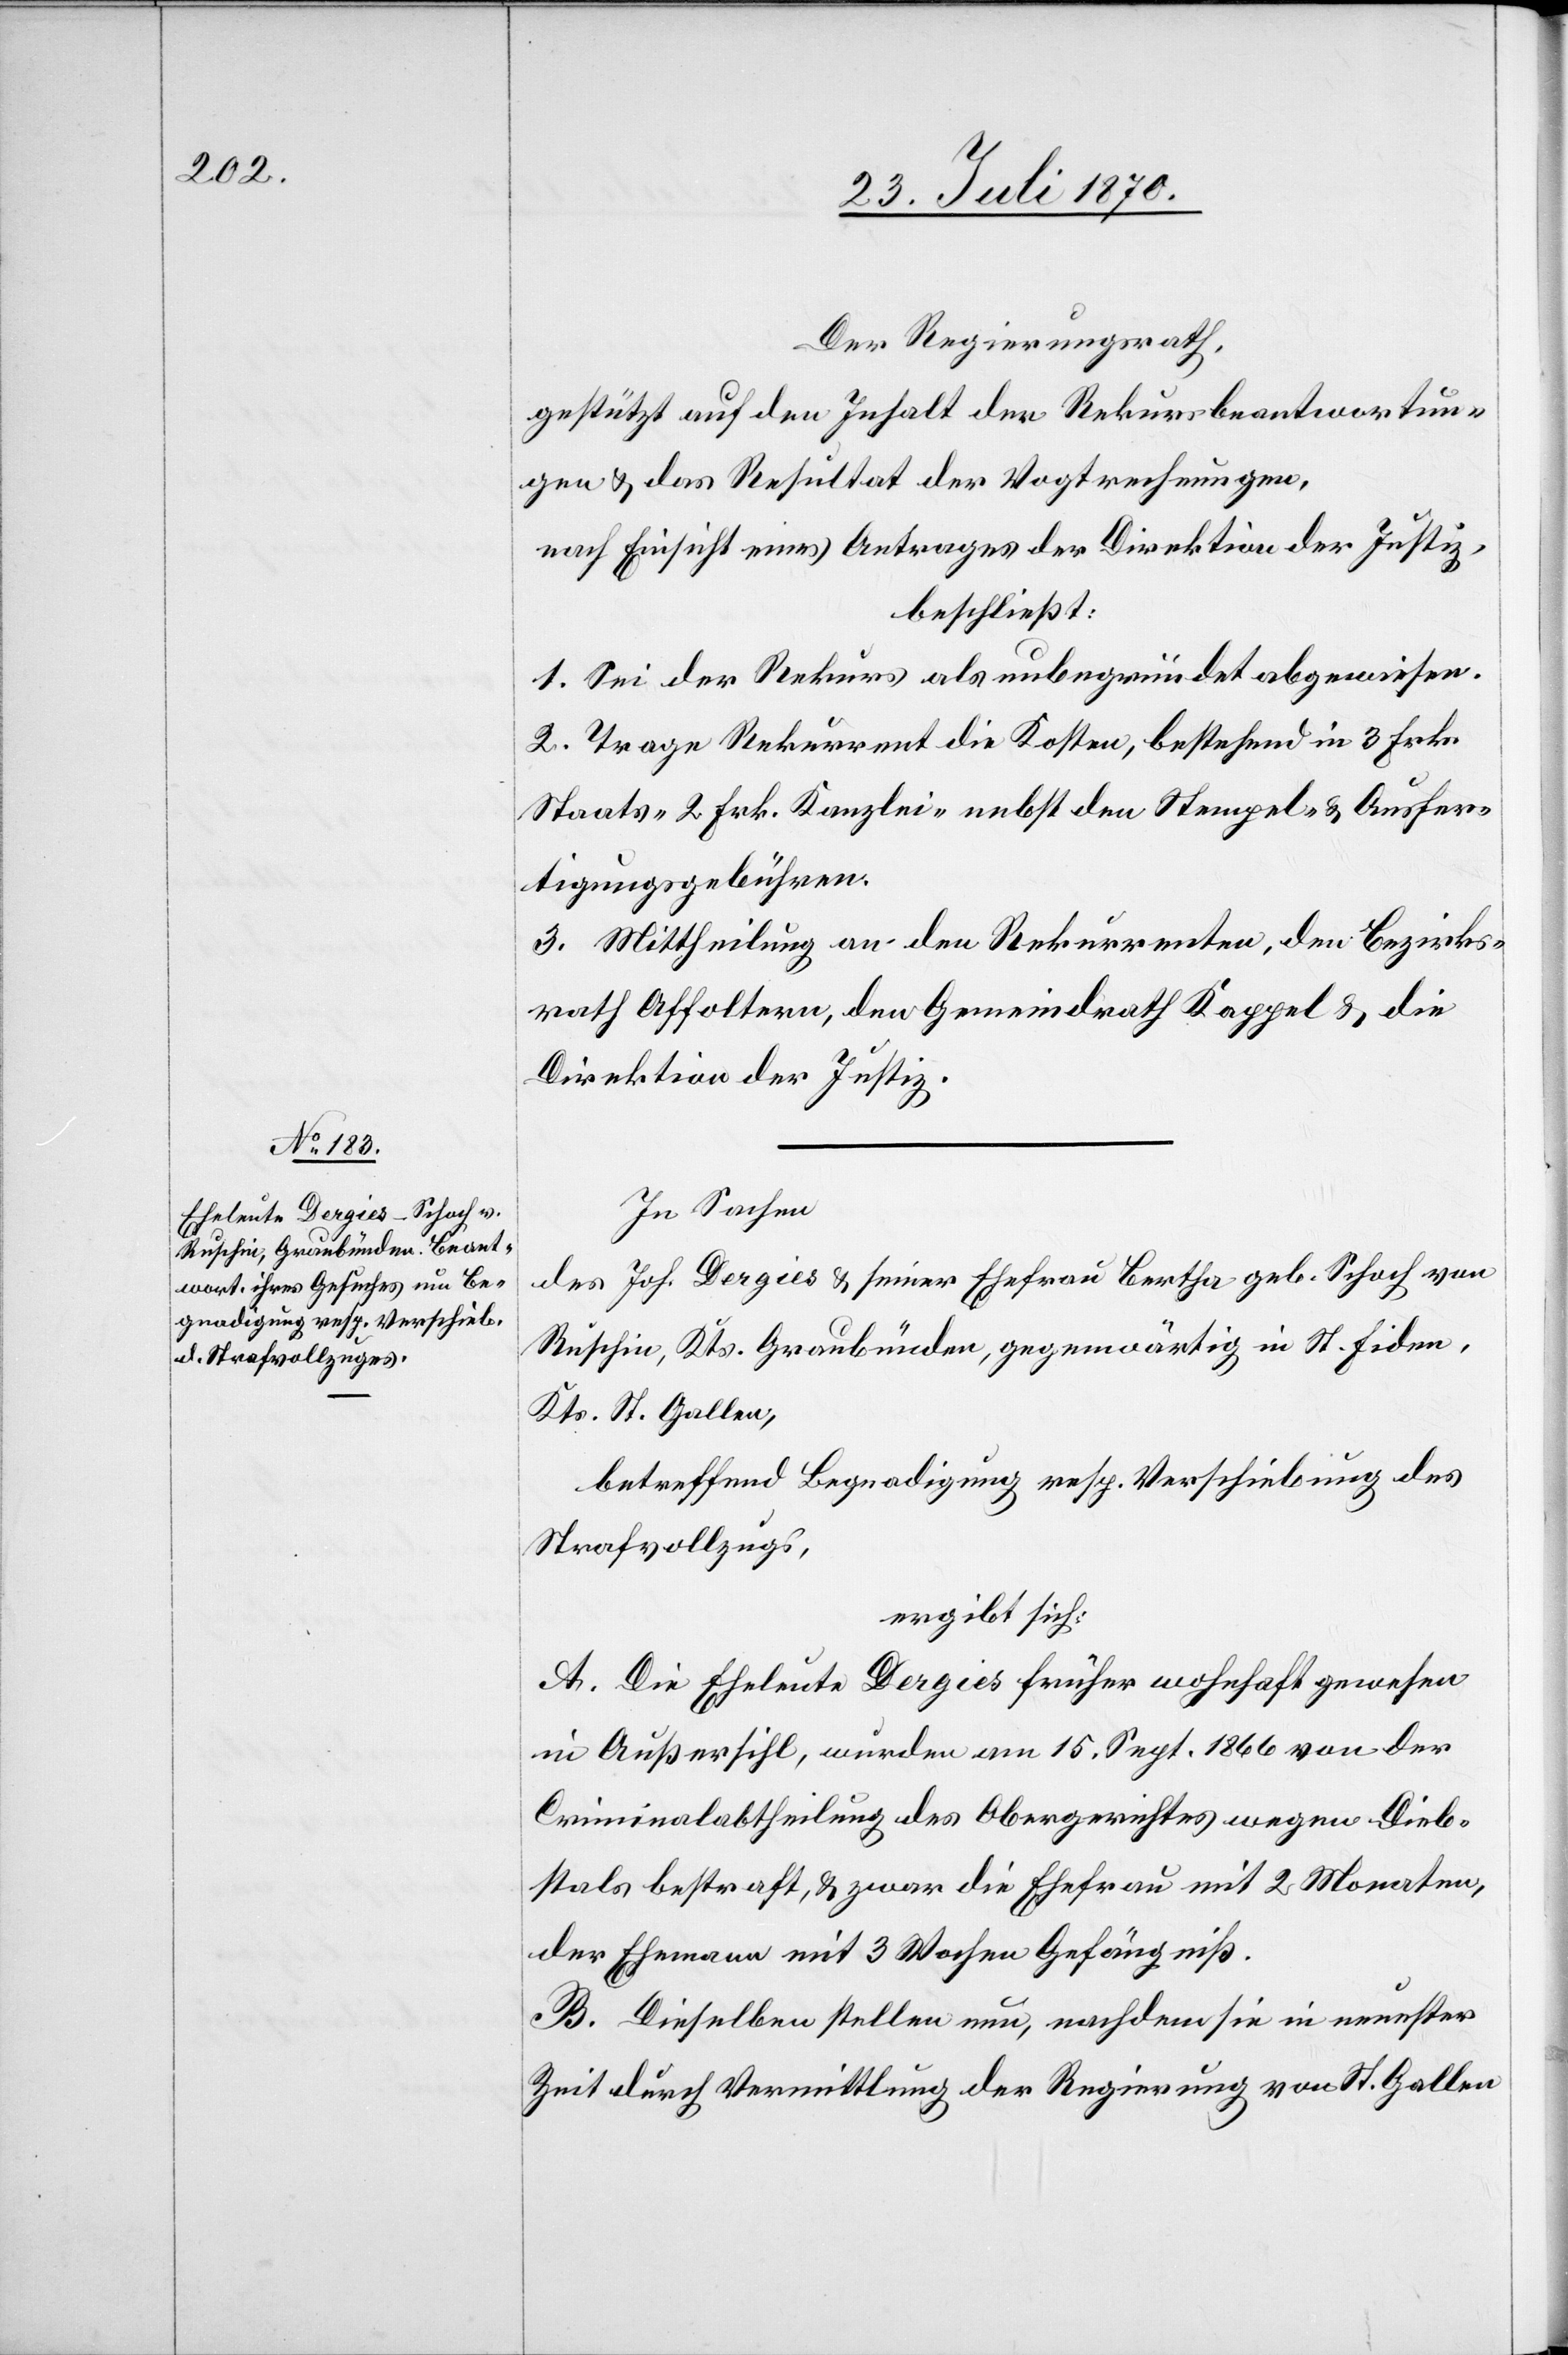
Der Regierungsrath,
gestützt auf den Inhalt der Rekursbeantwortun¬
gen & das Resultat der Vogtrechnungen,
nach Einsicht eines Antrages der Direktion der Justiz,
beschließt:
1. Sei der Rekurs als unbegründet abgewiesen.
2. Trage Rekurrent die Kosten, bestehend in 3 Frk.
Staats- 2 Frk. Kanzlei- nebst den Stempel- & Ausfer¬
tigungsgebühren.
3. Mittheilung an den Rekurrenten, den Bezirks¬
rath Affoltern, den Gemeindrath Kappel & die
Direktion der Justiz.
In Sachen
Joh. Dergies & seiner Ehefrau Bertha geb. Schoch von
des
Ruschein], Kts. Graubünden, gegenwärtig in St. Fiden,
Kts. St. Gallen,
betreffend Begnadigung resp. Verschiebung des
Strafvollzugs,
ergibt sich:
A. Die Eheleute Dergies früher wohnhaft gewesen
in Außersihl, wurden am 15. Sept. 1866 von der
Criminalabtheilung des Obergerichtes wegen Dieb¬
stals bestraft, & zwar die Ehefrau mit 2 Monaten,
der Ehemann mit 3 Wochen Gefängniß.
B. Dieselben stellen nun, nachdem sie in neuester
Zeit durch Vermittlung der Regierung von St. Gallen